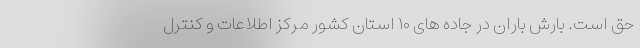
حق است. بارش باران در جاده های ۱۰ استان کشور مرکز اطلاعات و کنترل